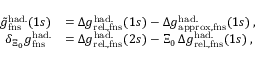
\begin{array} { r l } { \tilde { g } _ { \mathrm { f n s } } ^ { \mathrm { h a d . } } ( 1 s ) } & { = \Delta { g } _ { \mathrm { r e l . , f n s } } ^ { \mathrm { h a d . } } ( 1 s ) - \Delta { g } _ { \mathrm { a p p r o x , f n s } } ^ { \mathrm { h a d . } } ( 1 s ) \, , } \\ { \delta _ { \Xi _ { 0 } } g _ { \mathrm { f n s } } ^ { \mathrm { h a d . } } } & { = \Delta { g } _ { \mathrm { r e l . , f n s } } ^ { \mathrm { h a d . } } ( 2 s ) - \Xi _ { 0 } \, \Delta { g } _ { \mathrm { r e l . , f n s } } ^ { \mathrm { h a d . } } ( 1 s ) \, , } \end{array}